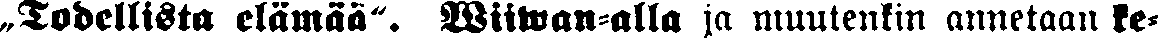
„Todellista elämää". Wiiwan-alla ja muutenkin annetaan ke-